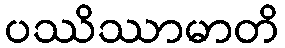
ပဿိဿာမာတိ